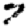
Digit: 7